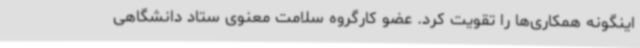
اینگونه همکاری‌ها را تقویت کرد. عضو کارگروه سلامت معنوی ستاد دانشگاهی